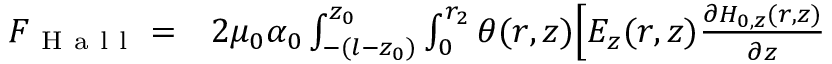
\begin{array} { r l } { F _ { \mathrm { ~ H ~ a ~ l ~ l ~ } } = } & { { } 2 \mu _ { 0 } \alpha _ { 0 } \int _ { - ( l - z _ { 0 } ) } ^ { z _ { 0 } } \int _ { 0 } ^ { r _ { 2 } } \theta ( r , z ) \Big [ E _ { z } ( r , z ) \frac { \partial H _ { 0 , z } ( r , z ) } { \partial z } } \end{array}